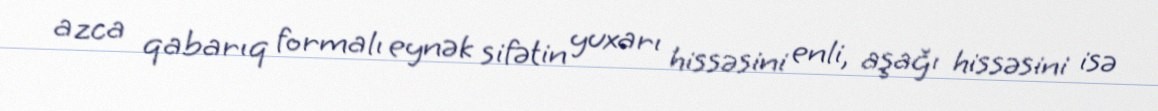
azca qabarıq formalı eynək sifətin yuxarı hissəsini enli, aşağı hissəsini isə